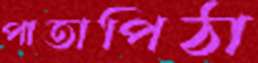
পাতাপিঠা